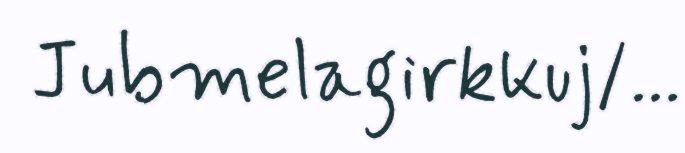
Jubmelagirkkuj/...